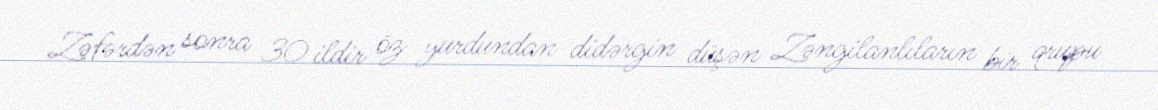
Zəfərdən sonra 30 ildir öz yurdundan didərgin düşən Zəngilanlıların bir qrupu